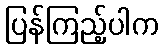
ပြန်ကြည့်ပါက